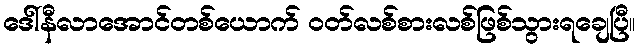
ဒေါ်နီလာအောင်တစ်ယောက် ဝတ်လစ်စားလစ်ဖြစ်သွားရချေပြီ။